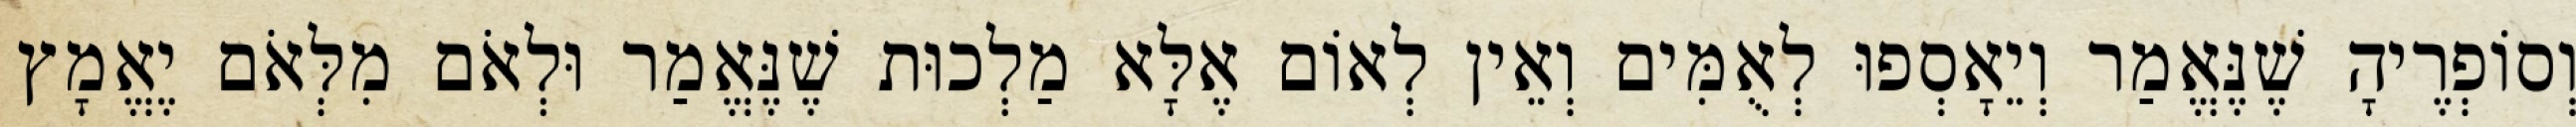
וְסוֹפְרֶיהָ שֶׁנֶּאֱמַר וְיֵאָסְפוּ לְאֻמִּים וְאֵין לְאוֹם אֶלָּא מַלְכוּת שֶׁנֶּאֱמַר וּלְאֹם מִלְּאֹם יֶאֱמָץ